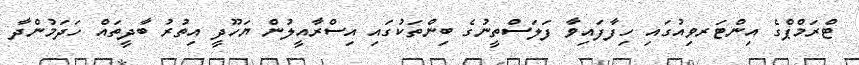
ޓްރަމްޕްގެ އިންޓަރވިއުގައި ހިފާފައިވާ ފަލަސްތީނުގެ ބިންތަކުގައި އިސްރާއީލުން ޔަހޫދީ އިތުރު ބާދީތައް ހަދަމުންދާ